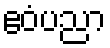
ဧဝံပညာ